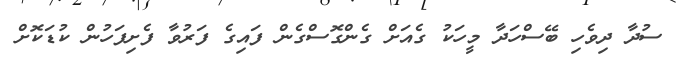
ސުދާ ދިވެހި ބޭސްހަދާ މީހަކު ގެއަށް ގެންގޮސްގެން ފައިގެ ފަރުވާ ފެށިފަހުން ކުޑަކޮށް